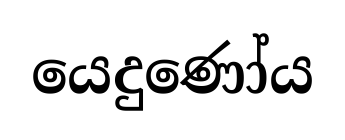
යෙදුණෝය